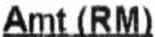
AMT (RM)